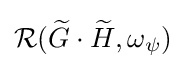
{\mathcal {R}}({\widetilde {G}}\cdot {\widetilde {H}},\omega _{\psi })